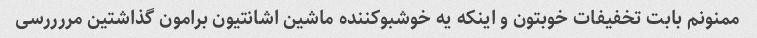
ممنونم بابت تخفیفات خوبتون و اینکه یه خوشبوکننده ماشین اشانتیون برامون گذاشتین مررررسی